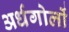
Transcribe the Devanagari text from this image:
अर्धगोलों